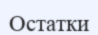
Остатки